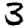
Digit: 3